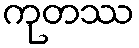
ကုတဿ